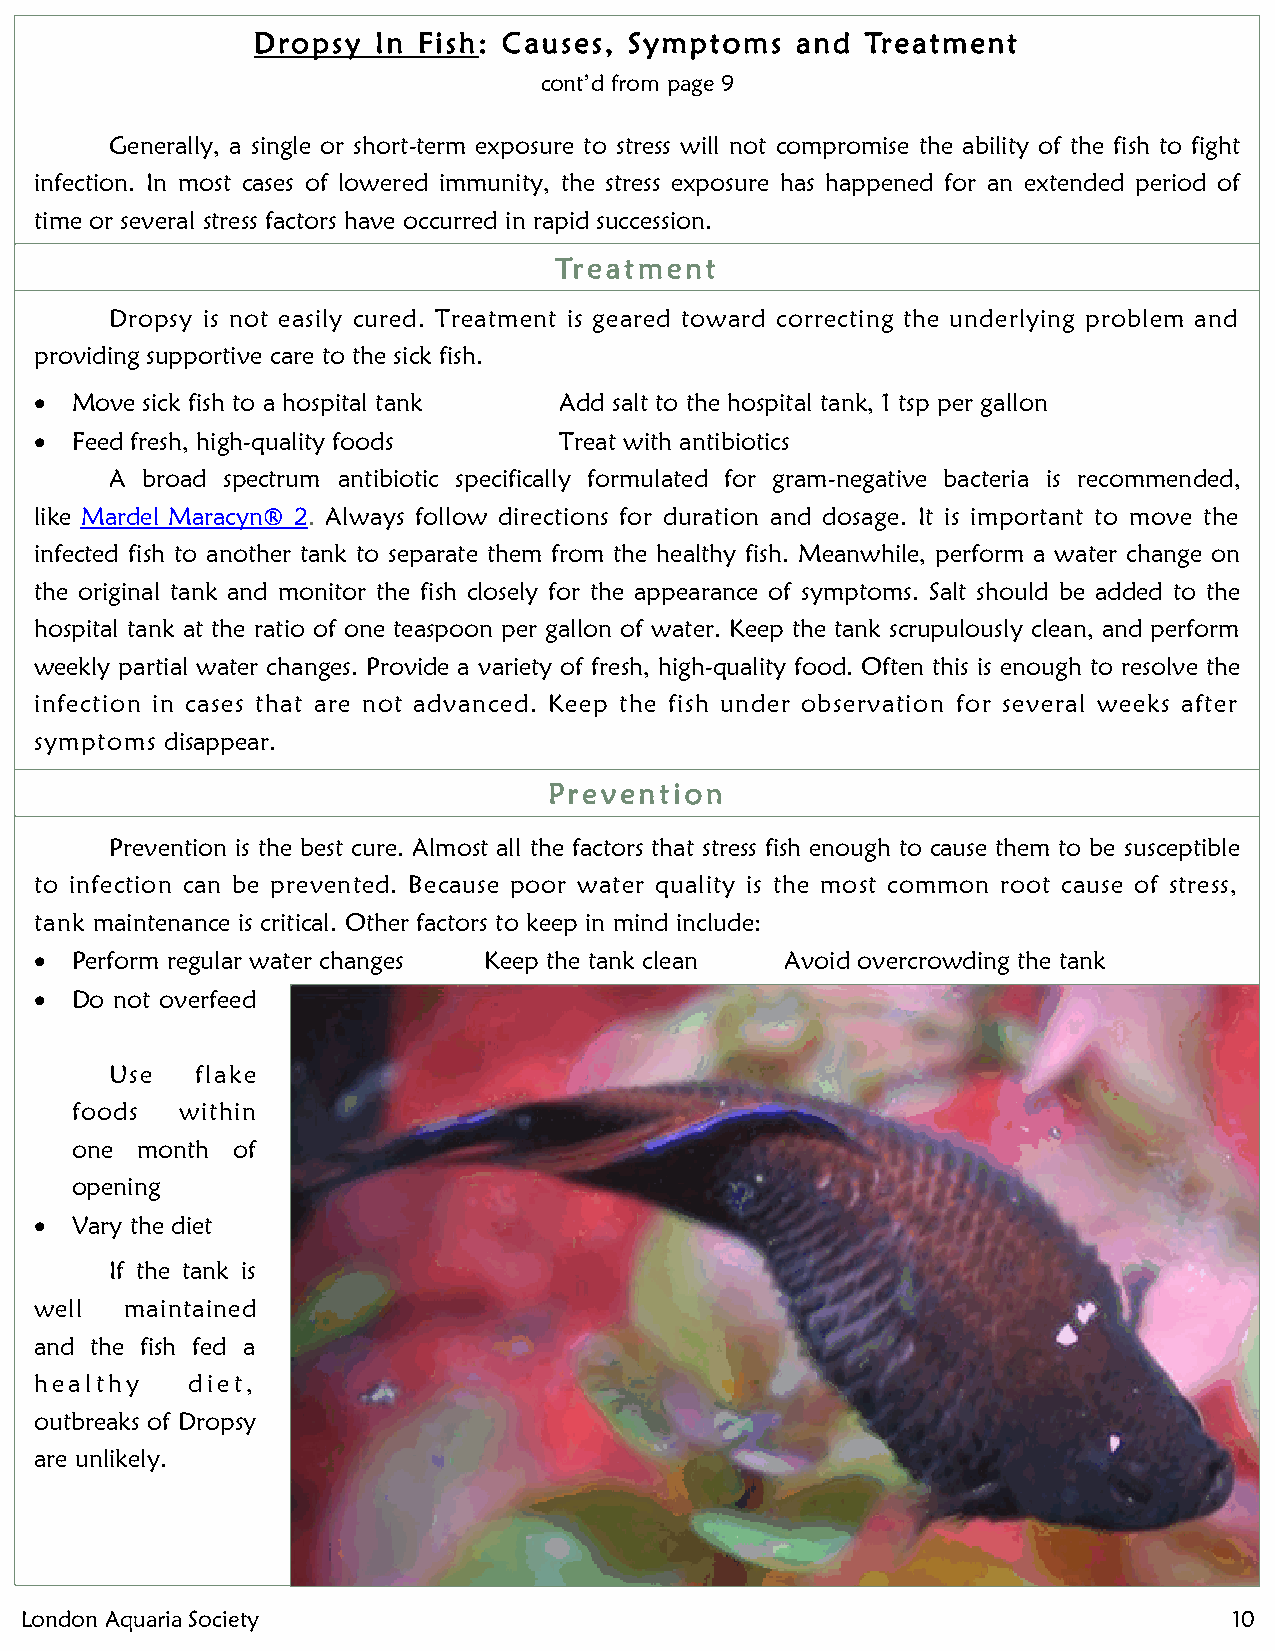
Dropsy  In Fish: Causes, Symptoms   and Treatment
 cont’d from page 9
 Generally, a single or short-term exposure to stress will not compromise the ability of the fish to fight
 infection. In most cases of lowered immunity, the stress exposure has happened for an extended period of
 time or several stress factors have occurred in rapid succession.
 Treatment
 Dropsy is not easily cured. Treatment is geared toward correcting the underlying problem and
 providing supportive care to the sick fish.
   Move sick fish to a hospital tank Add salt to the hospital tank, 1 tsp per gallon
   Feed fresh, high-quality foods  Treat with antibiotics
 A broad spectrum antibiotic specifically formulated for gram-negative bacteria is recommended,
 like Mardel Maracyn® 2. Always follow directions for duration and dosage. It is important to move the
 infected fish to another tank to separate them from the healthy fish. Meanwhile, perform a water change on
 the original tank and monitor the fish closely for the appearance of symptoms. Salt should be added to the
 hospital tank at the ratio of one teaspoon per gallon of water. Keep the tank scrupulously clean, and perform
 weekly partial water changes. Provide a variety of fresh, high-quality food. Often this is enough to resolve the
 infection in cases that are not advanced. Keep the fish under observation for several weeks after
 symptoms disappear.
 Prevention
 Prevention is the best cure. Almost all the factors that stress fish enough to cause them to be susceptible
 to infection can be prevented. Because poor water quality is the most common root cause of stress,
 tank maintenance is critical. Other factors to keep in mind include:
   Perform regular water changes Keep the tank clean Avoid overcrowding the tank
   Do not overfeed
 Use   flake
 foods  within
 one month of
 opening
   Vary the diet
 If the tank is
 well  maintained
 and the fish fed a
 healthy   diet,
 outbreaks of Dropsy
 are unlikely.
 London Aquaria Society                                                           10